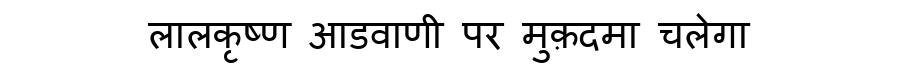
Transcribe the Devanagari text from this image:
लालकृष्ण आडवाणी पर मुक़दमा चलेगा